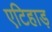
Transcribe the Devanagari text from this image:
एटिहाड़